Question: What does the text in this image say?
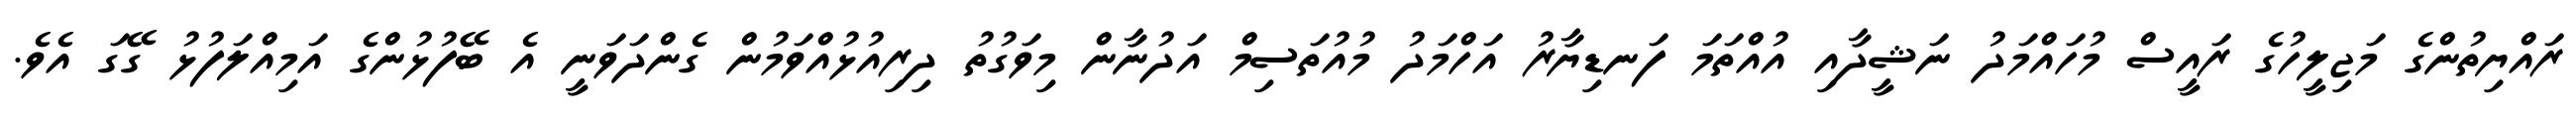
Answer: ރައްޔިތުންގެ މަޖިލީހުގެ ރައީސް މުހައްމަދު ނަޝީދާއި އުއްތަމަ ފަނޑިޔާރު އަހްމަދު މުއުތަސިމް އަދުނާން މިވަގުތު ދިރިއުޅުއްވަމުން ގެންދަވަނީ އެ ބޭފުޅުންގެ އަމިއްލަފުޅު ގޭގަ އެވެ.